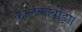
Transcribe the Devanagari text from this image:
कालकाबाड़ा।